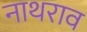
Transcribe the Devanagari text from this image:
नाथराव